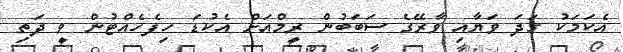
އެކަމަކު ގަދަ ވަޔާއި ވާރޭގެ ސަބަބުން ރީމްއަށް އެކުޑަ ހިފެހެއްޓުން ވީ ދަތި